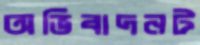
অভিবাদনট